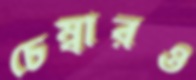
চেম্বারও